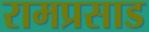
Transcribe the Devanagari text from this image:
रामप्रसाड